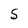
Character: 5